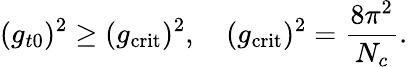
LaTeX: (g_{t0})^{2}\geq(g_{\mathrm{crit}})^{2},\quad(g_{\mathrm{crit}})^{2}=\frac{8\pi^{2}}{N_{c}}.